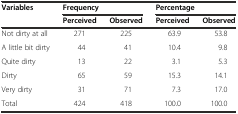
| Variables | <COLSPAN=2> Frequency | <COLSPAN=2> Percentage |
 |  | Perceived | Observed | Perceived | Observed |
 | --- | --- | --- | --- | --- |
 | Not dirty at all | 271 | 225 | 63.9 | 53.8 |
 | A little bit dirty | 44 | 41 | 10.4 | 9.8 |
 | Quite dirty | 13 | 22 | 3.1 | 5.3 |
 | Dirty | 65 | 59 | 15.3 | 14.1 |
 | Very dirty | 31 | 71 | 7.3 | 17.0 |
 | Total | 424 | 418 | 100.0 | 100.0 |